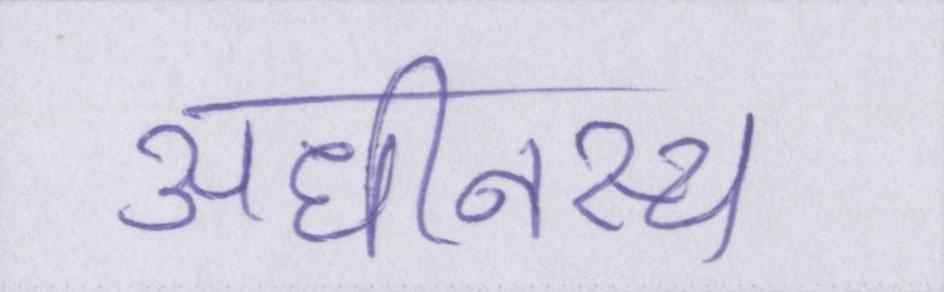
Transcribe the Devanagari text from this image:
अधीनस्थ